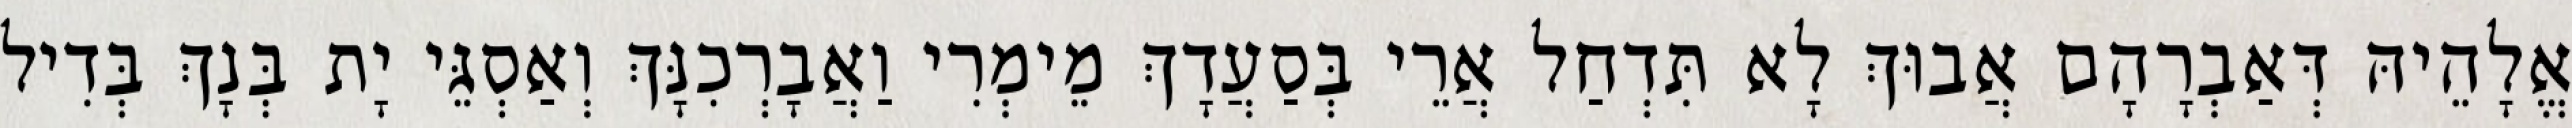
אֱלָהֵיהּ דְּאַבְרָהָם אֲבוּךְ לָא תִּדְחַל אֲרֵי בְּסַעֲדָךְ מֵימְרִי וַאֲבָרְכִנָּךְ וְאַסְגֵּי יָת בְּנָךְ בְּדִיל